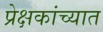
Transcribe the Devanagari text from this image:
प्रेक्षकांच्यात